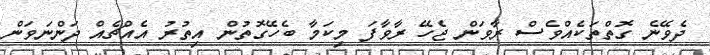
ދެވޭނެ ގޮތްތަކެއްވެސް ރާވަން ޖެހޭ ރާވާފަ މިކަމާ ބެހޭގޮތުން އިތުރު އެއްޗެއް ދަންނަވަން